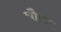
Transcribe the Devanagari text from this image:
चौघा